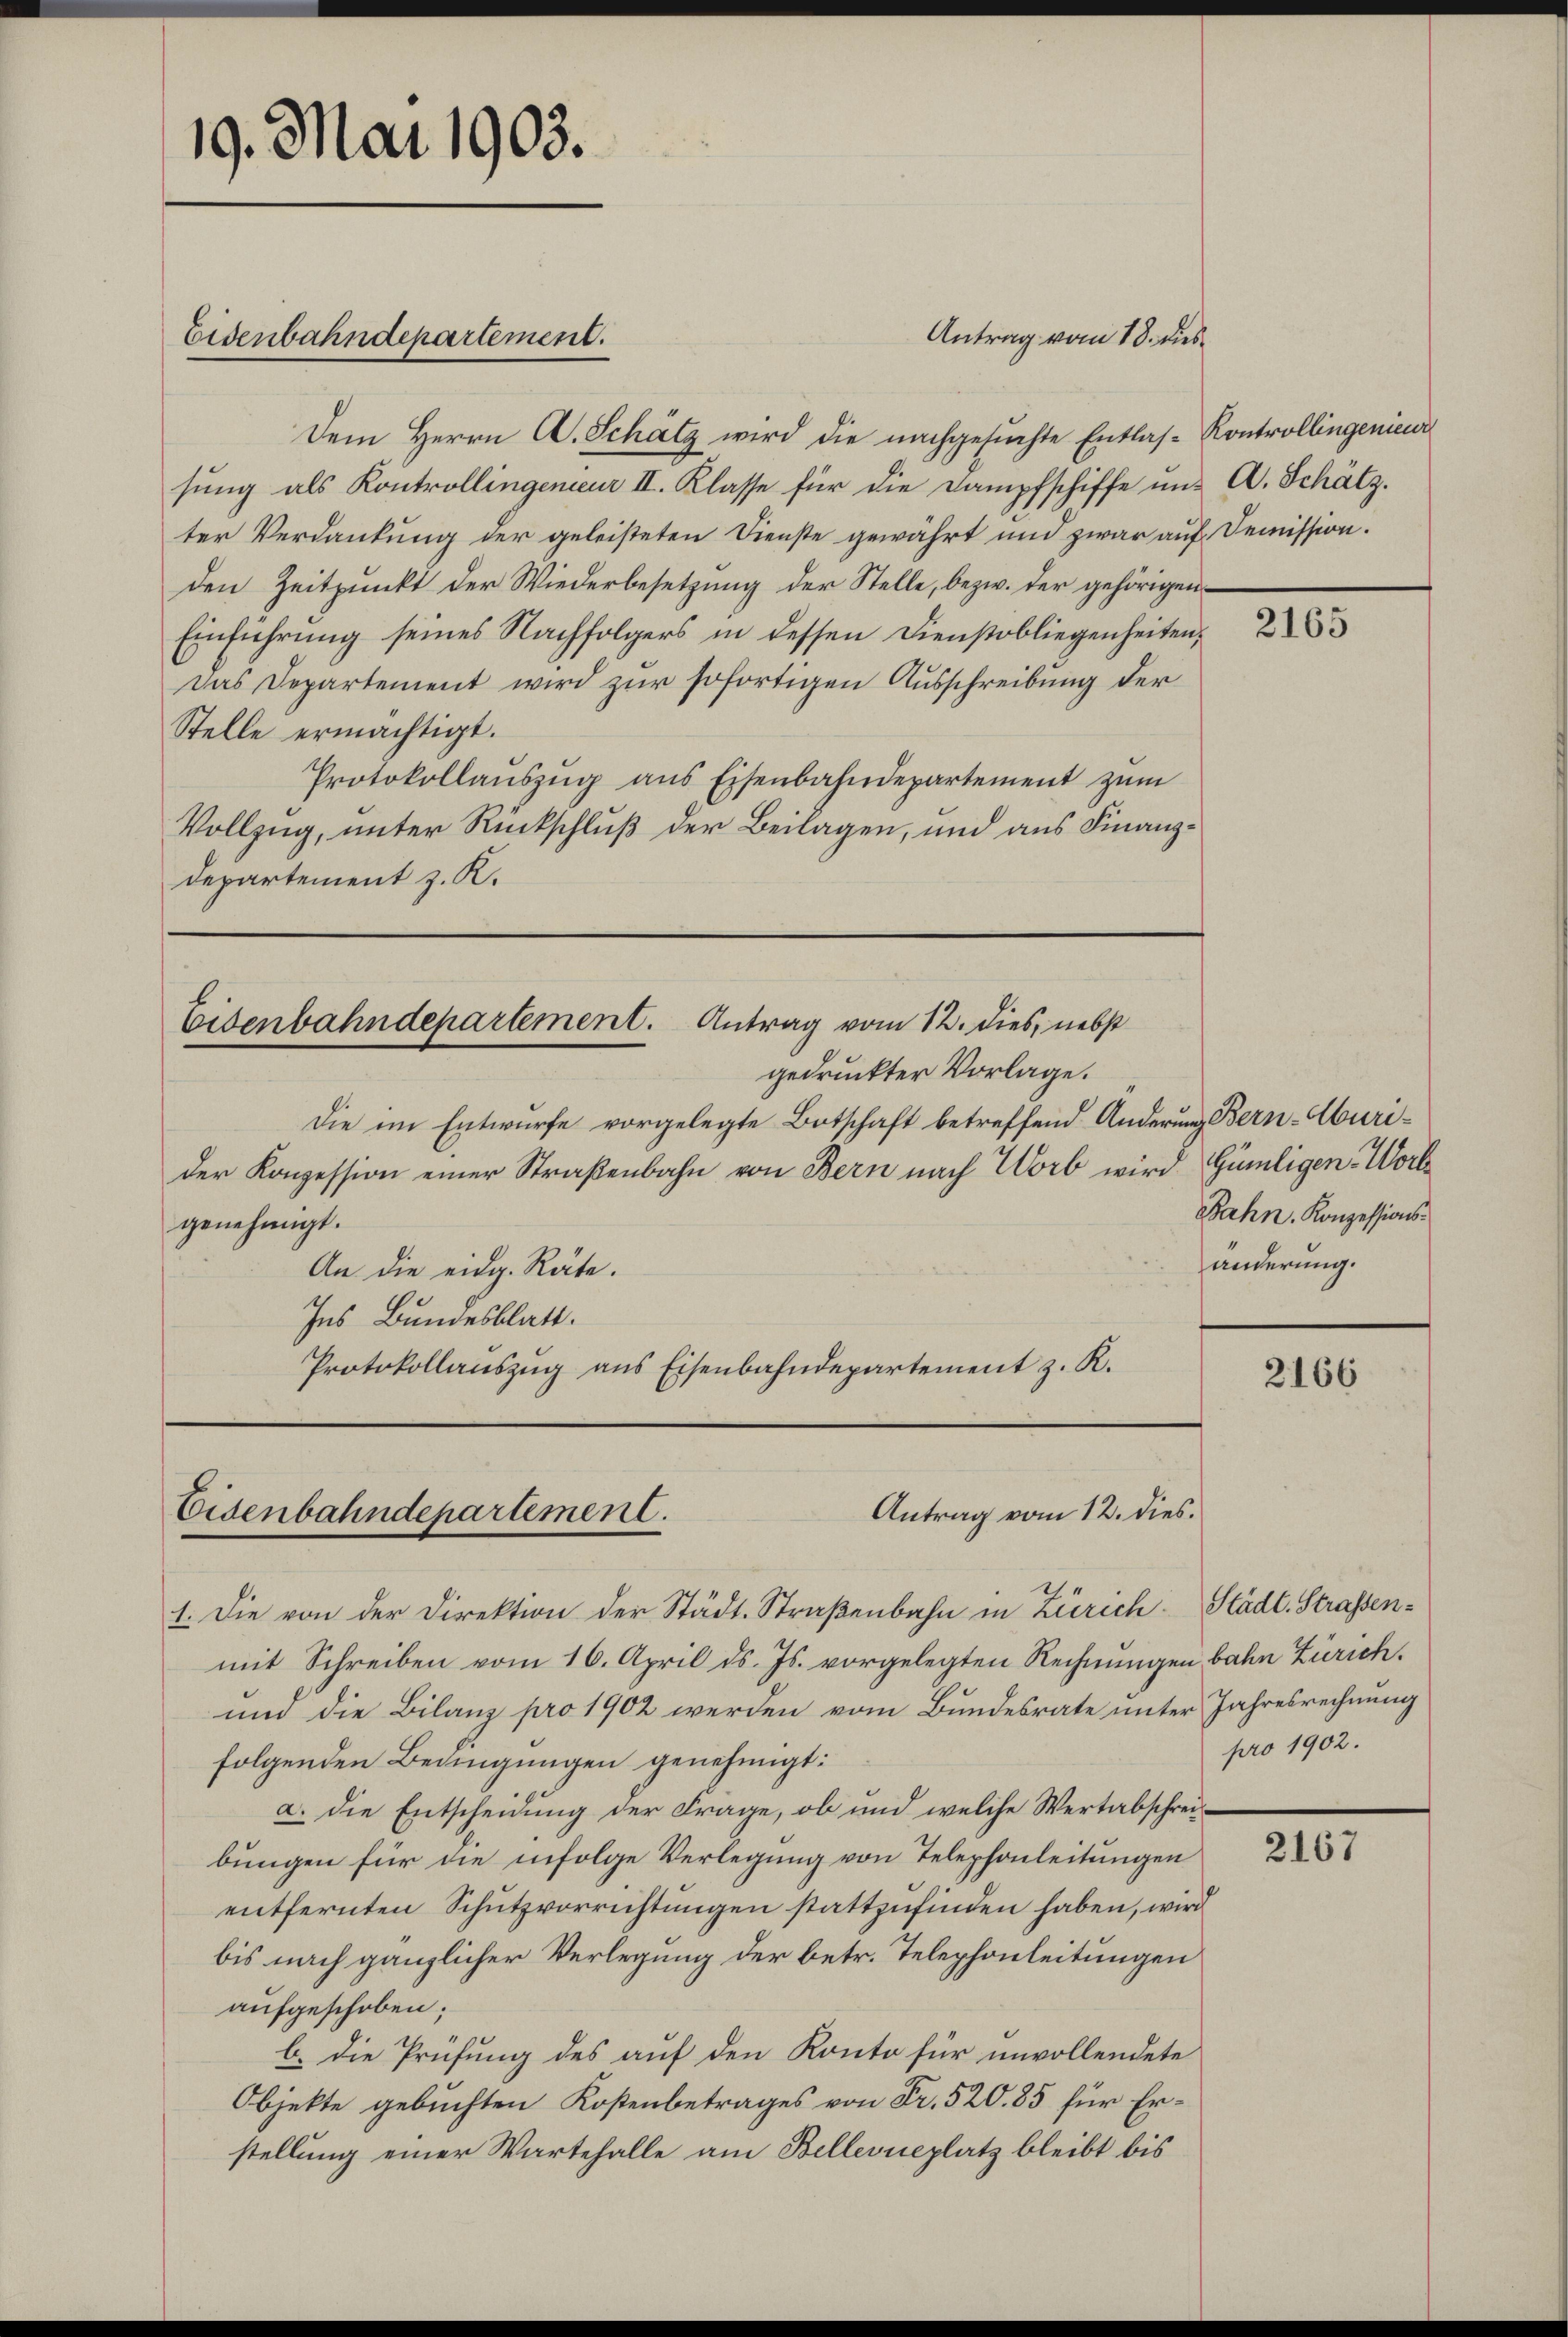
19. Mai 1903.
Eisenbahndepartement.

Antrag vom 18. dies

Dem Herrn A. Schätz wird die nachgesuchte Entlas- Kontrollingenieur
sung als Kontrollingenieur II. Klasse für die Dampfschiffe und A. Schätzter Verdankung der geleisteten Dienste gewährt und zwar auf Demission.
den Zeitpunkt der Wiederbesetzung der Stelle, bezw. der gehörigen¬
Einführung seines Nachfolgers in dessen Dienstobliegenheiten,
Das Departement wird zur sofortigen Ausschreibung der
Stelle ermächtigt.
Protokollauszug aus Eisenbahndepartement zum
Vollzug, unter Rückschluß der Beilagen, und aus Finanz¬
Departement z. K.

Eisenbahndepartement. Antrag vom 12. dies, nebst

gedruckter Vorlage.
Die im Entwurfe vorgelegte Botschaft betreffend Änderung Bern-Aburider Konzession einer Straßenbahn von Bern nach Worb wird Gümligen-Wort
genehmigt.
An die eidg. Räte.
Ins Bundesblatt.
Protokollauszug aus Eisenbahndepartement z. R.

Antrag vom 12. dies.
Eisenbahndepartement.

1. Die von der Direktion der Städt. Straßenbahn in Zürich Städt. Strassenmit Schreiben vom 16. April ds. Js. vorgelegten Rechnungen bahn Zürich.
und die Bilanz pro 1902 werden vom Bundesrate unter Jahresrechnung
folgenden Bedingungen genehmigt:
a. Die Entscheidung der Frage, ob und welche Wertabschreibungen für die infolge Verlegung von Telephonleitungen
entfernten Schutzvorrichtungen stattzufinden haben, wird
bis nach gänzlicher Verlegung der betr. Telephonleitungen
aufgeschoben;
b. die Prüfung des auf den Konto für unvollendete
Objekte gebuchten Kostenbetrages von Fr. 520. 85 für Erstellung einer Wartehalle am Bellevueplatz bleibt bis

2165

Bahn. Konzessionsänderung.

2166

pro 1902.

2167